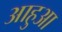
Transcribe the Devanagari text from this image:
आहुआ